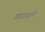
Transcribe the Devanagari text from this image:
गंगाजली